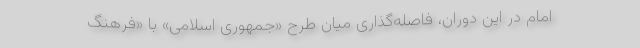
امام در این دوران، فاصله‌گذاری میان طرح «جمهوری اسلامی» با «فرهنگ